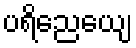
ပရိညေယျေ